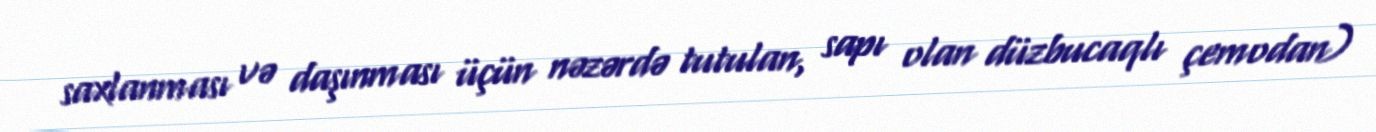
saxlanması və daşınması üçün nəzərdə tutulan, sapı olan düzbucaqlı çemodan)